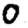
Digit: 0